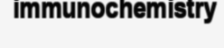
immunochemistry